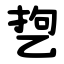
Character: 㐝